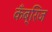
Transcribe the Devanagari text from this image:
कॅंब्रिज